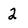
Character: 2